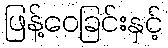
ဖြန့်ဝေခြင်းနှင့်